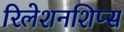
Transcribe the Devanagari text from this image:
रिलेशनशिप्स